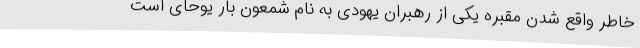
خاطر واقع شدن مقبره یکی از رهبران یهودی به نام شمعون بار یوحاى است